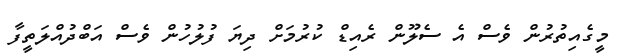
މީގެއިތުރުން ވެސް އެ ސެލޫން ރެއިޑް ކުރުމަށް ދިޔަ ފުލުހުން ވެސް އަބްދުއްލަތީފާ